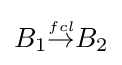
{\textstyle B_{1}{\stackrel {\scriptscriptstyle fcl}{\rightarrow }}B_{2}}